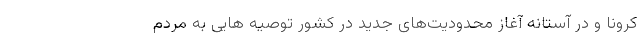
کرونا و در آستانه آغاز محدودیت‌های جدید در کشور توصیه هایی به مردم